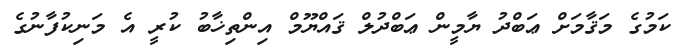
ކަމުގެ މަޤާމަށް ޢަބްދު ޔާމީން ޢަބްދުލް ޤައްޔޫމް އިންތިޚާބު ކުރީ އެ މަނިކުފާނުގެ